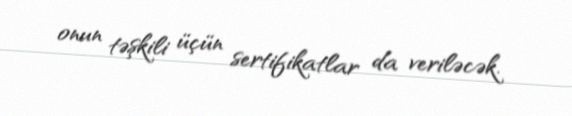
onun təşkili üçün sertifikatlar da veriləcək.